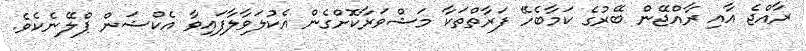
ރާއްޖެ އާއި ރާއްޖޭން ބޭރުގެ ކަމާބެހޭ ފަރާތްތަކާ މަޝްވަރާކޮށްގެން އެކުލަވާލާފައިވާ އެކްޝަން ޕްލޭނެކެވެ.